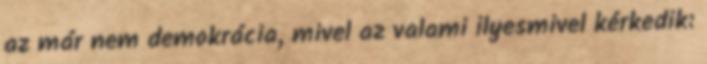
az már nem demokrácia, mivel az valami ilyesmivel kérkedik: